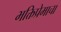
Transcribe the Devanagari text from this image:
भक्तिप्रेमाचा